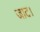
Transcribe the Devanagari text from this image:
जाट।